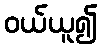
ဝယ်ယူ၍